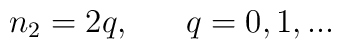
n_{2} = 2 q, \ \ \ \ \  q = 0, 1, ...